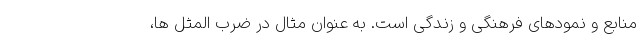
منابع و نمودهای فرهنگی و زندگی است. به عنوان مثال در ضرب المثل ها،